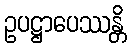
ဥပဋ္ဌာပေဿန္တိ